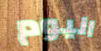
اليوم